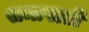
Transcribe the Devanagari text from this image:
समापत्ती